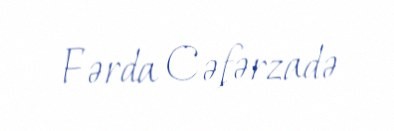
Fərda Cəfərzadə